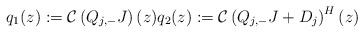
\begin{align*}q_1(z):=\mathcal{C}\left(Q_{j,-}J\right)(z) q_2(z):=\mathcal{C}\left(Q_{j,-}J+D_j\right)^H(z)\end{align*}